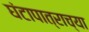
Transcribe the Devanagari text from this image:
घंटापात्राच्या